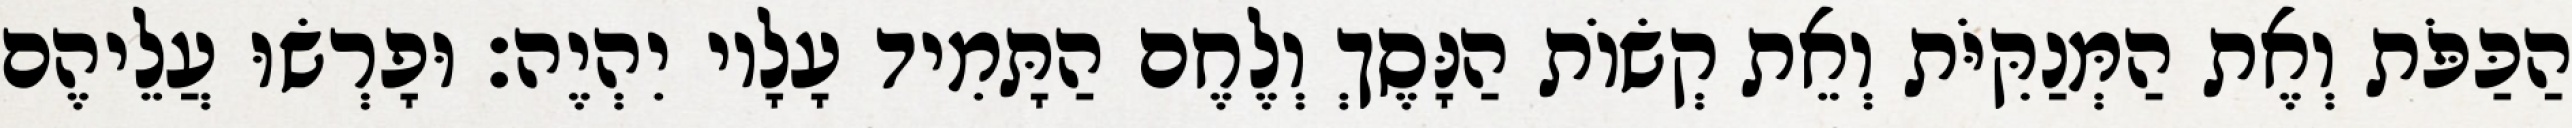
הַכַּפֹּת וְאֶת הַמְּנַקִּיֹּת וְאֵת קְשׂוֹת הַנָּסֶךְ וְלֶחֶם הַתָּמִיד עָלָיו יִהְיֶה׃ וּפָרְשׂוּ עֲלֵיהֶם